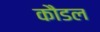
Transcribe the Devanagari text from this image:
कौडल